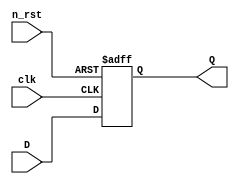
module DFF(D,clk,n_rst,Q);
input D; // Data input 
input clk; // clock input 
input n_rst; // asynchronous reset low level 
output reg Q; // output Q 
always @(posedge clk or negedge n_rst) 
begin
 if(n_rst==1'b0)
  Q <= 1'b0; 
 else 
  Q <= D; 
end 
endmodule